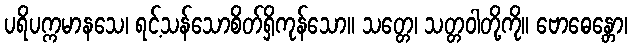
ပရိပက္ကမာနသေ၊ ရင့်သန်သောစိတ်ရှိကုန်သော။ သတ္တေ၊ သတ္တဝါတို့ကို။ ဗောဓေန္တော၊